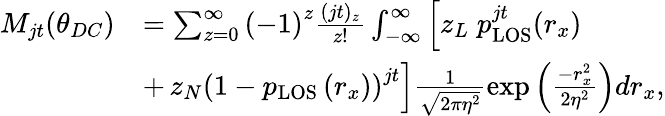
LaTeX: \begin{array}{rl}{M_{jt}(\theta_{DC})}&{=\sum_{z=0}^{\infty}\left(-1\right)^{z}\frac{(jt)_{z}}{z!}\int_{-\infty}^{\infty}\left[z_{L}\; p_{\mathrm{{LOS}}}^{jt}(r_{x})\right.}\\ &{+\left.z_{N}\left(1-p_{\mathrm{LOS}}\left(r_{x}\right)\right)^{jt}\right]\frac{1}{\sqrt{2\pi\eta^{2}}}\exp\left(\frac{-r_{x}^{2}}{2\eta^{2}}\right)dr_{x},}\end{array}